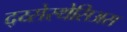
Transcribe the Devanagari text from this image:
द्य्सेस्थेसिअस